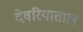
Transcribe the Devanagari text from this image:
देवरियाताल